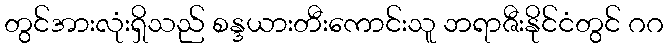
တွင်အားလုံးရှိသည် စန္ဒယားတီးကောင်းသူ ဘရာဇီးနိုင်ငံတွင် ဂဂ